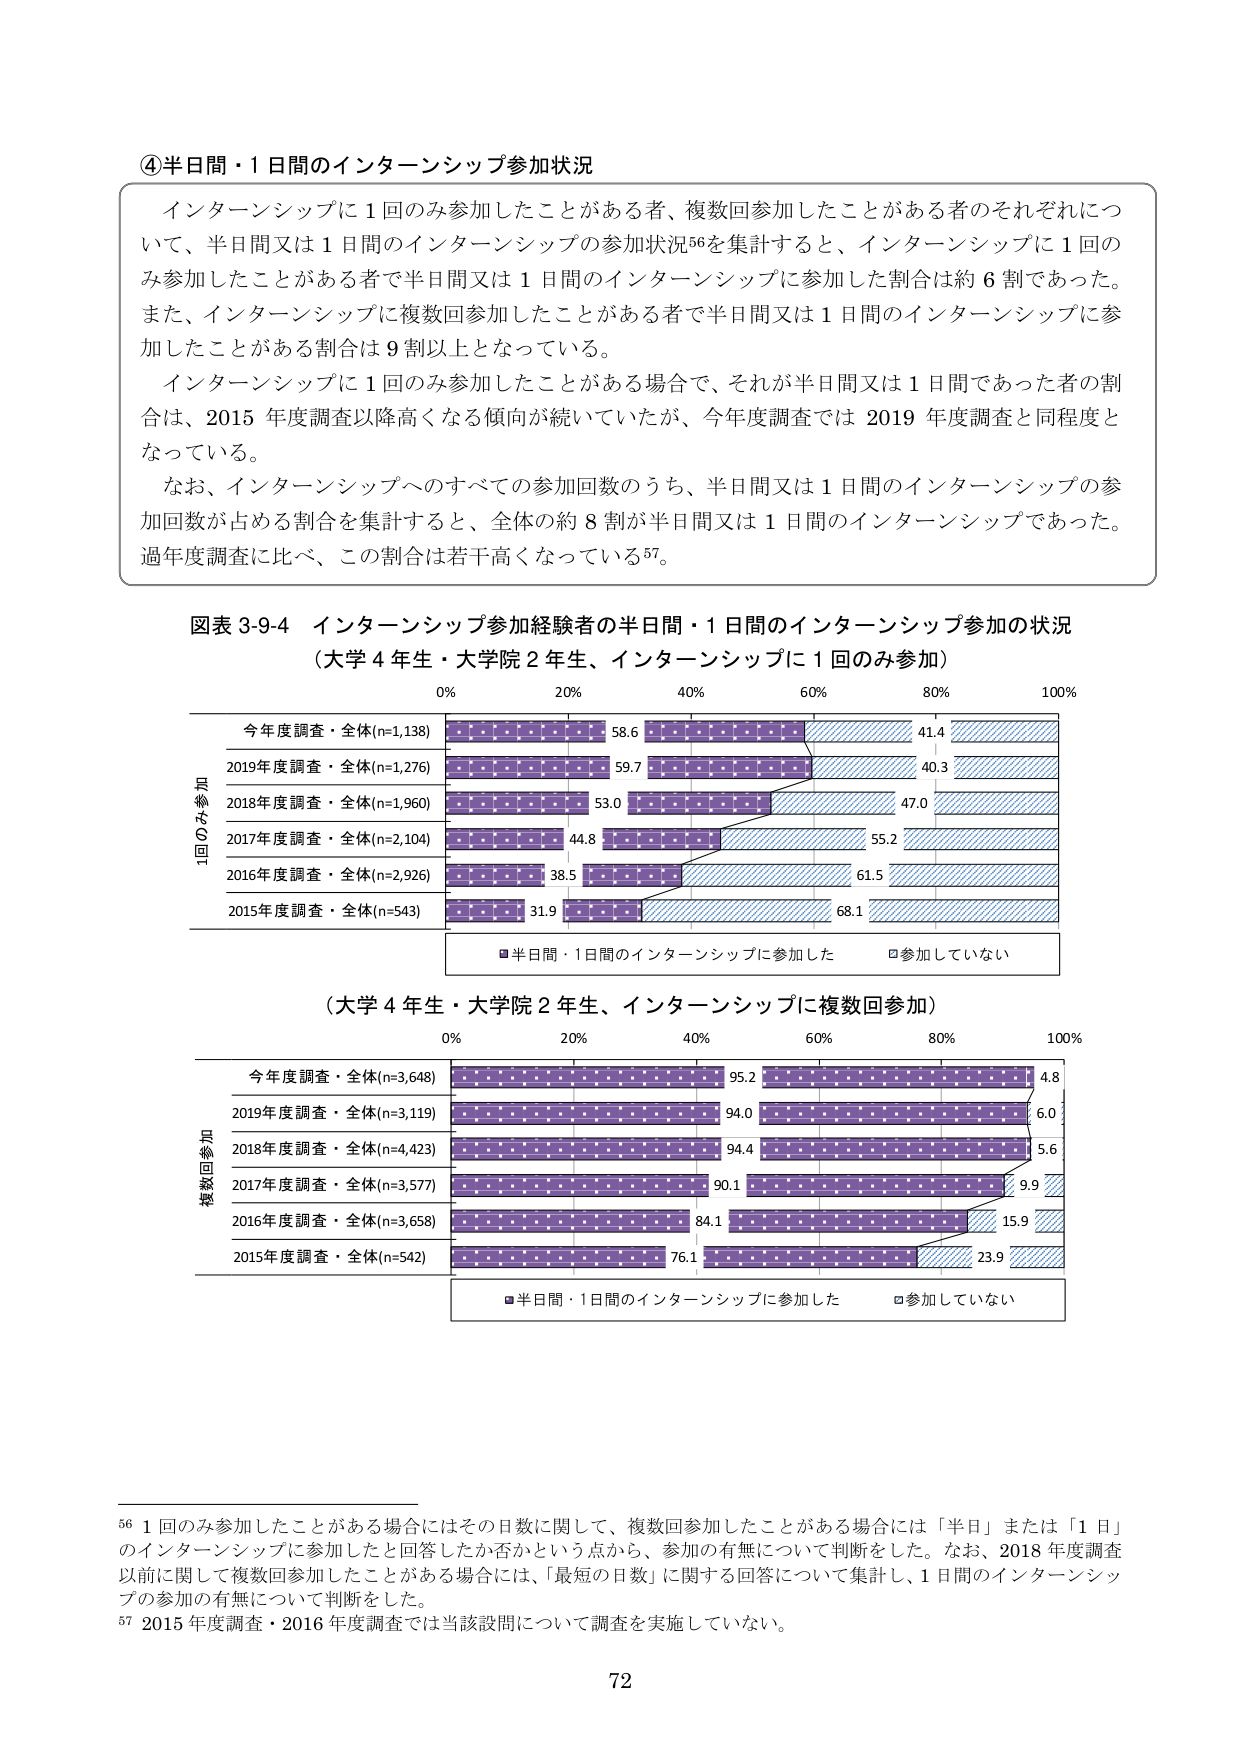
④半日間・1日間のインターンシップ参加状況

インターンシップに1回のみ参加したことがある者、複数回参加したことがある者のそれぞれについて、半日間又は1日間のインターンシップの参加状況56を集計すると、インターンシップに1回のみ参加したことがある者で半日間又は1日間のインターンシップに参加した割合は約6割であった。また、インターンシップに複数回参加したことがある者で半日間又は1日間のインターンシップに参加したことがある割合は9割以上となっている。

インターンシップに1回のみ参加したことがある場合で、それが半日間又は1日間であった者の割合は、2015年度調査以降高くなる傾向が続いていたが、今年度調査では2019年度調査と同程度となっている。

なお、インターンシップへのすべての参加回数のうち、半日間又は1日間のインターンシップの参加回数が占める割合を集計すると、全体の約8割が半日間又は1日間のインターンシップであった。過年度調査に比べ、この割合は若干高くなっている57。

図表3-9-4 インターンシップ参加経験者の半日間・1日間のインターンシップ参加の状況
（大学4年生・大学院2年生、インターンシップに1回のみ参加）

0% 20% 40% 60% 80% 100%

1回のみ参加
今年度調査・全体(n=1,138) 58.6 41.4
2019年度調査・全体(n=1,276) 59.7 40.3
2018年度調査・全体(n=1,960) 53.0 47.0
2017年度調査・全体(n=2,104) 44.8 55.2
2016年度調査・全体(n=2,926) 38.5 61.5
2015年度調査・全体(n=543) 31.9 68.1

■半日間・1日間のインターンシップに参加した □参加していない

（大学4年生・大学院2年生、インターンシップに複数回参加）

0% 20% 40% 60% 80% 100%

複数回参加
今年度調査・全体(n=3,648) 95.2 4.8
2019年度調査・全体(n=3,119) 94.0 6.0
2018年度調査・全体(n=4,423) 94.4 5.6
2017年度調査・全体(n=3,577) 90.1 9.9
2016年度調査・全体(n=3,658) 84.1 15.9
2015年度調査・全体(n=542) 76.1 23.9

■半日間・1日間のインターンシップに参加した □参加していない

56 1回のみ参加したことがある場合にはその日数に関して、複数回参加したことがある場合には「半日」または「1日」のインターンシップに参加したと回答したか否かという点から、参加の有無について判断をした。なお、2018年度調査以前に関して複数回参加したことがある場合には、「最短の日数」に関する回答について集計し、1日間のインターンシップの参加の有無について判断をした。

57 2015年度調査・2016年度調査では当該設問について調査を実施していない。

72